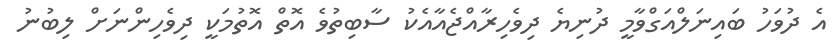
އެ ދުވަހު ބައިނަލްއަގްވާމީ ދުނިޔެ ދިވެހިރާއްޖެއާއެކު ސާބިތުވެ އޮތް އޮތުމަކީ ދިވެހިންނަށް ލިބުނު